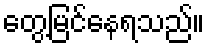
တွေ့မြင်နေရသည်။